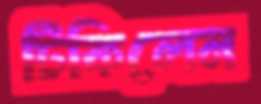
টিকিলেন